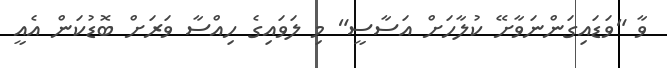
ވާ "ވަޑައިގަންނަވާށޭ ކުލާހަށް އަސާސީ" މި ލަވައިގެ ހިއްސާ ވަރަށް ބޮޑުކަން އެއީ